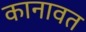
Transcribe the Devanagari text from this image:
कानावत